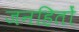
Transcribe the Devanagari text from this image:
जनहितों